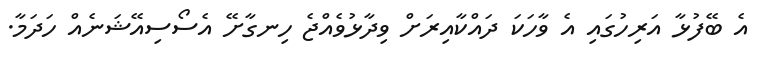
އެ ބޭފުޅާ އަރިހުގައި އެ ވާހަކަ ދައްކާއިރަށް ވިދާޅުވެއްޖެ ހިނގާށޭ އެސޯސިއޭޝަނެއް ހަދަމާ.